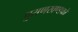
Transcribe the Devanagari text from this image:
पुराणखण्डको